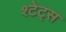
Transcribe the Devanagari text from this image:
श्टेट्स